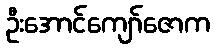
ဦးအောင်ကျော်ဇောက